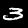
Digit: 3